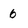
Character: 6